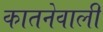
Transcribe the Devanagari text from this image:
कातनेवाली